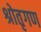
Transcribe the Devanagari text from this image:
श्रोतृगण